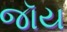
જૉય